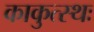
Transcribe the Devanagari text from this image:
काकुत्स्थः